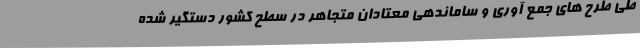
طی طرح های جمع آوری و ساماندهی معتادان متجاهر در سطح کشور دستگیر شده